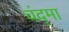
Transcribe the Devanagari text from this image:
चंदृमा